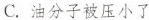
C.油分子被压小了